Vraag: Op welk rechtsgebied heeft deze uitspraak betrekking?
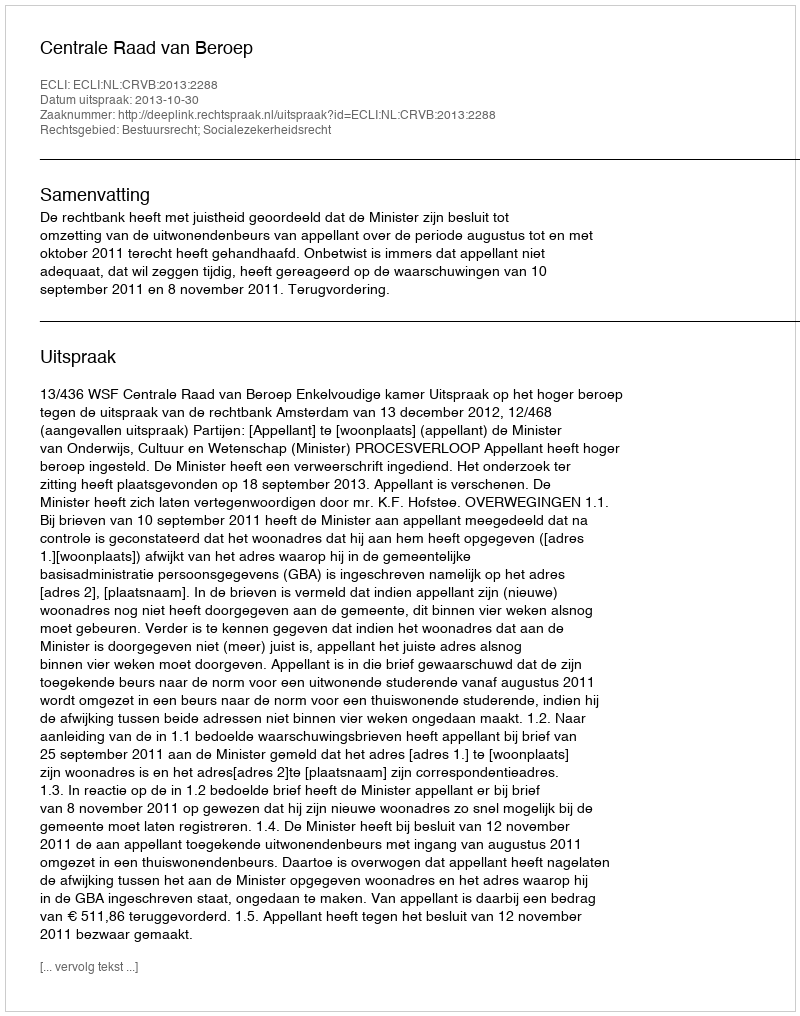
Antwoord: Bestuursrecht; Socialezekerheidsrecht